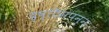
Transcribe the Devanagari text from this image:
दृष्टिसंपन्न